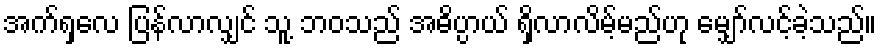
အက်ရှလေ ပြန်လာလျှင် သူ့ ဘဝသည် အဓိပ္ပာယ် ရှိလာလိမ့်မည်ဟု မျှော်လင့်ခဲ့သည်။